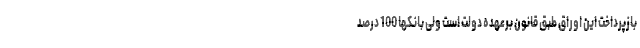
بازپرداخت این اوراق طبق قانون برعهده دولت است ولی بانکها 100 درصد